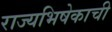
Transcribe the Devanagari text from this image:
राज्यभिषेकाची